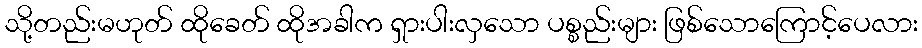
သို့တည်းမဟုတ် ထိုခေတ် ထိုအခါက ရှားပါးလှသော ပစ္စည်းများ ဖြစ်သောကြောင့်ပေလား